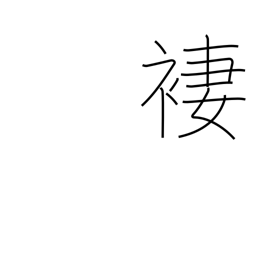
Meaning: skirt